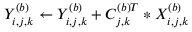
Y _ { i , j , k } ^ { ( b ) } \gets Y _ { i , j , k } ^ { ( b ) } + C _ { j , k } ^ { ( b ) T } * X _ { i , j , k } ^ { ( b ) }